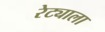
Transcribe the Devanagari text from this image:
रेट्याला